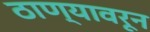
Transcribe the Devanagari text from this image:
ठाण्यावरून